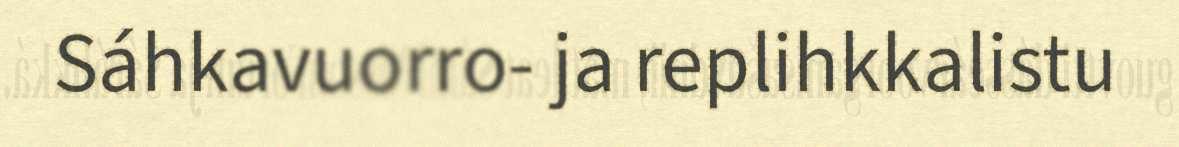
Sáhkavuorro- ja replihkkalistu